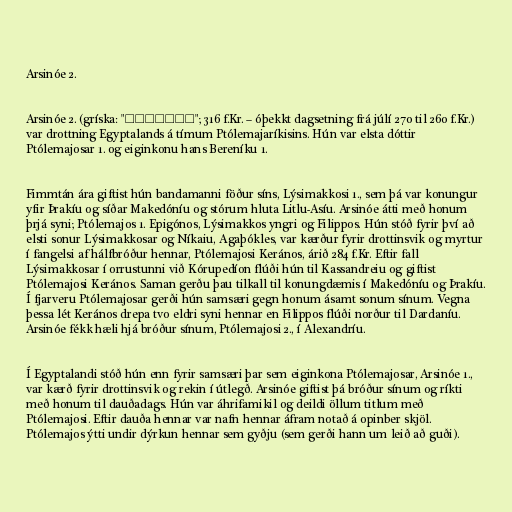
Arsinóe 2.

Arsinóe 2. (gríska: "Ἀρσινόη"; 316 f.Kr. – óþekkt dagsetning frá júlí 270 til 260 f.Kr.)
var drottning Egyptalands á tímum Ptólemajaríkisins. Hún var elsta dóttir
Ptólemajosar 1. og eiginkonu hans Bereníku 1.

Fimmtán ára giftist hún bandamanni föður síns, Lýsimakkosi 1., sem þá var konungur
yfir Þrakíu og síðar Makedóníu og stórum hluta Litlu-Asíu. Arsinóe átti með honum
þrjá syni; Ptólemajos 1. Epigónos, Lýsimakkos yngri og Filippos. Hún stóð fyrir því að
elsti sonur Lýsimakkosar og Níkaiu, Agaþókles, var kærður fyrir drottinsvik og myrtur
í fangelsi af hálfbróður hennar, Ptólemajosi Kerános, árið 284 f.Kr. Eftir fall
Lýsimakkosar í orrustunni við Kórupedíon flúði hún til Kassandreiu og giftist
Ptólemajosi Kerános. Saman gerðu þau tilkall til konungdæmis í Makedóníu og Þrakíu.
Í fjarveru Ptólemajosar gerði hún samsæri gegn honum ásamt sonum sínum. Vegna
þessa lét Kerános drepa tvo eldri syni hennar en Filippos flúði norður til Dardaníu.
Arsinóe fékk hæli hjá bróður sínum, Ptólemajosi 2., í Alexandríu.

Í Egyptalandi stóð hún enn fyrir samsæri þar sem eiginkona Ptólemajosar, Arsinóe 1.,
var kærð fyrir drottinsvik og rekin í útlegð. Arsinóe giftist þá bróður sínum og ríkti
með honum til dauðadags. Hún var áhrifamikil og deildi öllum titlum með
Ptólemajosi. Eftir dauða hennar var nafn hennar áfram notað á opinber skjöl.
Ptólemajos ýtti undir dýrkun hennar sem gyðju (sem gerði hann um leið að guði).